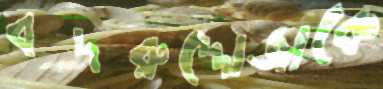
বদরুদ্দোজাকে